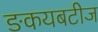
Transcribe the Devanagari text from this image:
ङकयबटीज